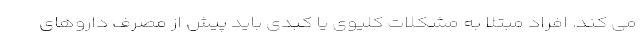
می کند. افراد مبتلا به مشکلات کلیوی یا کبدی باید پیش از مصرف داروهای